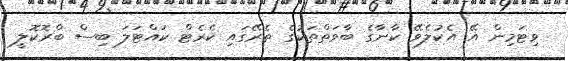
ވިޓަމިން އޭ އެކުލެވޭ ކާނާގެ ބާވަތްތަކުގެ ތެރޭގައި ކެރެޓް ކައްޓަލަ ބިސް ބްރޮކޮލީ